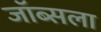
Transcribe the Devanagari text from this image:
जॉब्सला